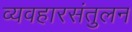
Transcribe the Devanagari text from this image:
व्यवहारसंतुलन